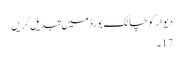
دیوار کو چالک بورڈ میں تبدیل کریں
17۔